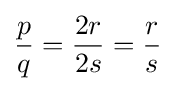
{\frac {p}{q}}={\frac {2r}{2s}}={\frac {r}{s}}